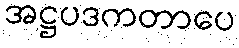
အဋ္ဌပဒကတာပေ